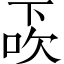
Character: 𠀿